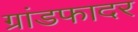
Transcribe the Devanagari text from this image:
ग्रांडफादर